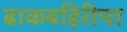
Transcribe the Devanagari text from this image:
ढाकबहिरीचा